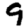
Digit: 9